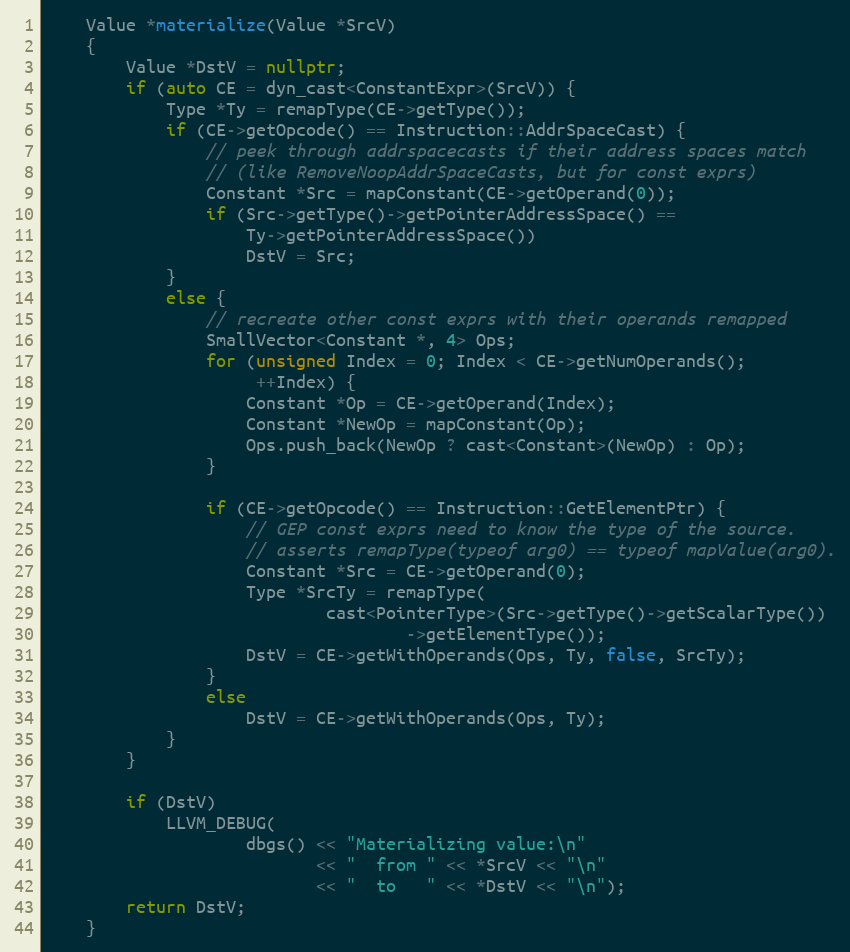
Language: C++
    Value *materialize(Value *SrcV)
    {
        Value *DstV = nullptr;
        if (auto CE = dyn_cast<ConstantExpr>(SrcV)) {
            Type *Ty = remapType(CE->getType());
            if (CE->getOpcode() == Instruction::AddrSpaceCast) {
                // peek through addrspacecasts if their address spaces match
                // (like RemoveNoopAddrSpaceCasts, but for const exprs)
                Constant *Src = mapConstant(CE->getOperand(0));
                if (Src->getType()->getPointerAddressSpace() ==
                    Ty->getPointerAddressSpace())
                    DstV = Src;
            }
            else {
                // recreate other const exprs with their operands remapped
                SmallVector<Constant *, 4> Ops;
                for (unsigned Index = 0; Index < CE->getNumOperands();
                     ++Index) {
                    Constant *Op = CE->getOperand(Index);
                    Constant *NewOp = mapConstant(Op);
                    Ops.push_back(NewOp ? cast<Constant>(NewOp) : Op);
                }

                if (CE->getOpcode() == Instruction::GetElementPtr) {
                    // GEP const exprs need to know the type of the source.
                    // asserts remapType(typeof arg0) == typeof mapValue(arg0).
                    Constant *Src = CE->getOperand(0);
                    Type *SrcTy = remapType(
                            cast<PointerType>(Src->getType()->getScalarType())
                                    ->getElementType());
                    DstV = CE->getWithOperands(Ops, Ty, false, SrcTy);
                }
                else
                    DstV = CE->getWithOperands(Ops, Ty);
            }
        }

        if (DstV)
            LLVM_DEBUG(
                    dbgs() << "Materializing value:\n"
                           << "  from " << *SrcV << "\n"
                           << "  to   " << *DstV << "\n");
        return DstV;
    }